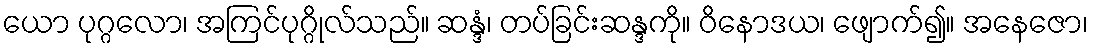
ယော ပုဂ္ဂလော၊ အကြင်ပုဂ္ဂိုလ်သည်။ ဆန္ဒံ၊ တပ်ခြင်းဆန္ဒကို။ ဝိနောဒယ၊ ဖျောက်၍။ အနေဇော၊